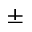
\pm